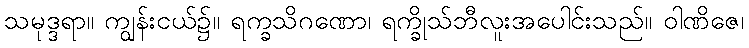
သမုဒ္ဒရာ။ ကျွန်းငယ်၌။ ရက္ခသိဂဏော၊ ရက္ခိုသ်ဘီလူးအပေါင်းသည်။ ဝါဏိဇေ၊